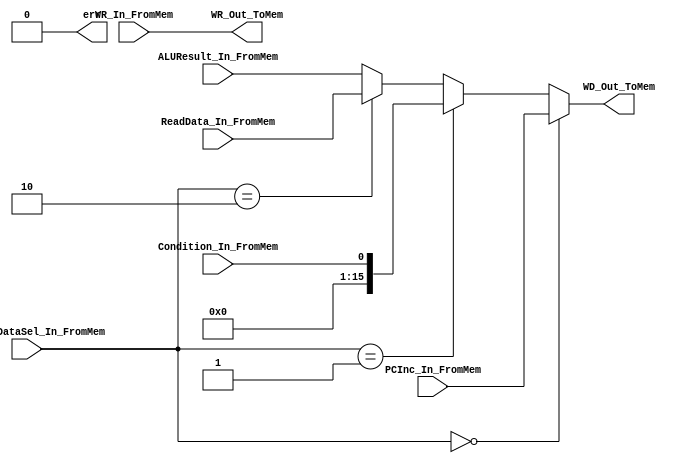
module write_stage(
	//inputs
	RegWriteDataSel_In_FromMem, PCInc_In_FromMem, Condition_In_FromMem, ReadData_In_FromMem, ALUResult_In_FromMem,
	WR_In_FromMem,
	
	//Outputs
	WR_Out_ToMem, WD_Out_ToMem, err
);

//inputs
input Condition_In_FromMem;
input [1:0] RegWriteDataSel_In_FromMem;
input [2:0] WR_In_FromMem;
input [15:0] PCInc_In_FromMem, ReadData_In_FromMem, ALUResult_In_FromMem;

//outputs
output err;
output [2:0] WR_Out_ToMem;
output [15:0] WD_Out_ToMem;

//Tie Outputs
assign WR_Out_ToMem = WR_In_FromMem;


//Select Writeback data
assign WD_Out_ToMem = (RegWriteDataSel_In_FromMem == 2'b00) ? PCInc_In_FromMem :
					  (RegWriteDataSel_In_FromMem == 2'b01) ? Condition_In_FromMem :
					  (RegWriteDataSel_In_FromMem == 2'b10) ? ReadData_In_FromMem : ALUResult_In_FromMem;
					  
	
assign err = 1'b0;
	
endmodule